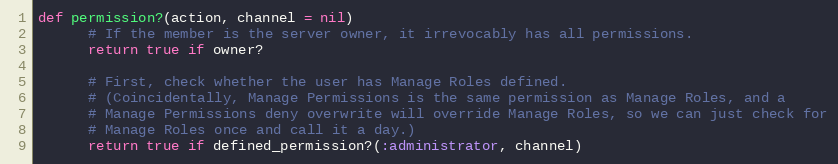
Language: Ruby
def permission?(action, channel = nil)
      # If the member is the server owner, it irrevocably has all permissions.
      return true if owner?

      # First, check whether the user has Manage Roles defined.
      # (Coincidentally, Manage Permissions is the same permission as Manage Roles, and a
      # Manage Permissions deny overwrite will override Manage Roles, so we can just check for
      # Manage Roles once and call it a day.)
      return true if defined_permission?(:administrator, channel)